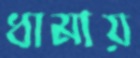
ধামায়